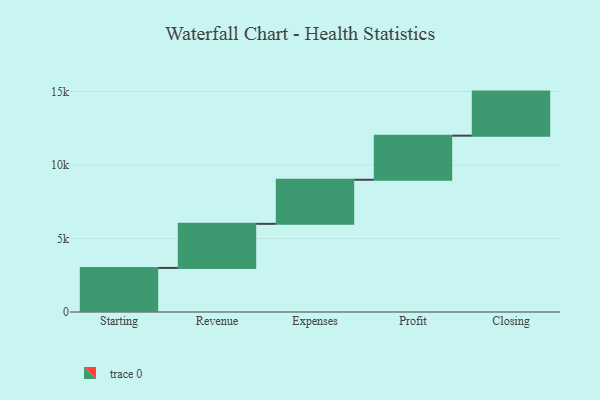
{"axis": {"x": "Step", "y": "Value"}, "legend": [""], "data": [{"x": "Starting", "y": 3000, "type": ""}, {"x": "Revenue", "y": 3000, "type": ""}, {"x": "Expenses", "y": 3000, "type": ""}, {"x": "Profit", "y": 3000, "type": ""}, {"x": "Closing", "y": 3000, "type": ""}]}